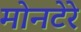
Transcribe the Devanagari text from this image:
मोनटेरे